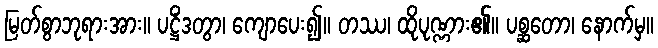
မြတ်စွာဘုရားအား။ ပဋ္ဌိံဒတွာ၊ ကျောပေး၍။ တဿ၊ ထိုပုဏ္ဏား၏။ ပစ္ဆတော၊ နောက်မှ။